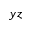
y z